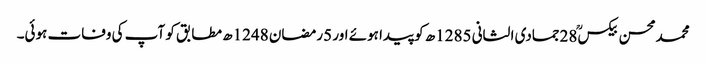
محمدمحسن بیکسؒ 28جمادی الثانی 1285ھ کو پیدا ہوئے اور 5رمضان 1248ھ مطابق کو آپ کی وفات ہوئی۔